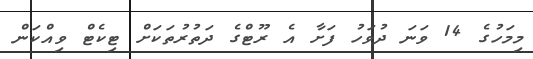
މިމަހުގެ 14 ވަނަ ދުވަހު ފަށާ އެ ރޫޓްގެ ދަތުރުތަކަށް ޓިކެޓް ވިއްކަން